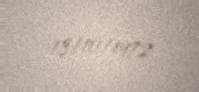
13/10/1972